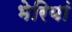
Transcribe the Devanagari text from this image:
भेरियां